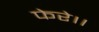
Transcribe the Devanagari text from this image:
फेरे।।